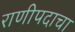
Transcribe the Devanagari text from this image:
राणीपदाचा